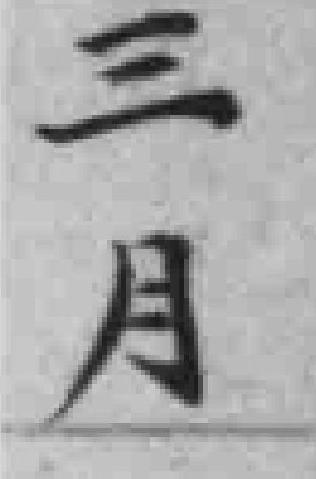
三月